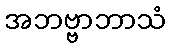
အဘဗ္ဗာဘာသံ